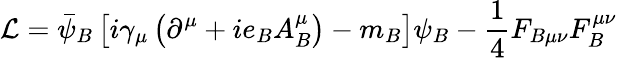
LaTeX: {\mathcal{L}}={\bar{\psi}}_{B}\left[i\gamma_{\mu}\left(\partial^{\mu}+ie_{B}A_{B}^{\mu}\right)-m_{B}\right]\psi_{B}-{\frac{1}{4}}F_{B\mu\nu}F_{B}^{\mu\nu}